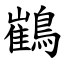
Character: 䳽